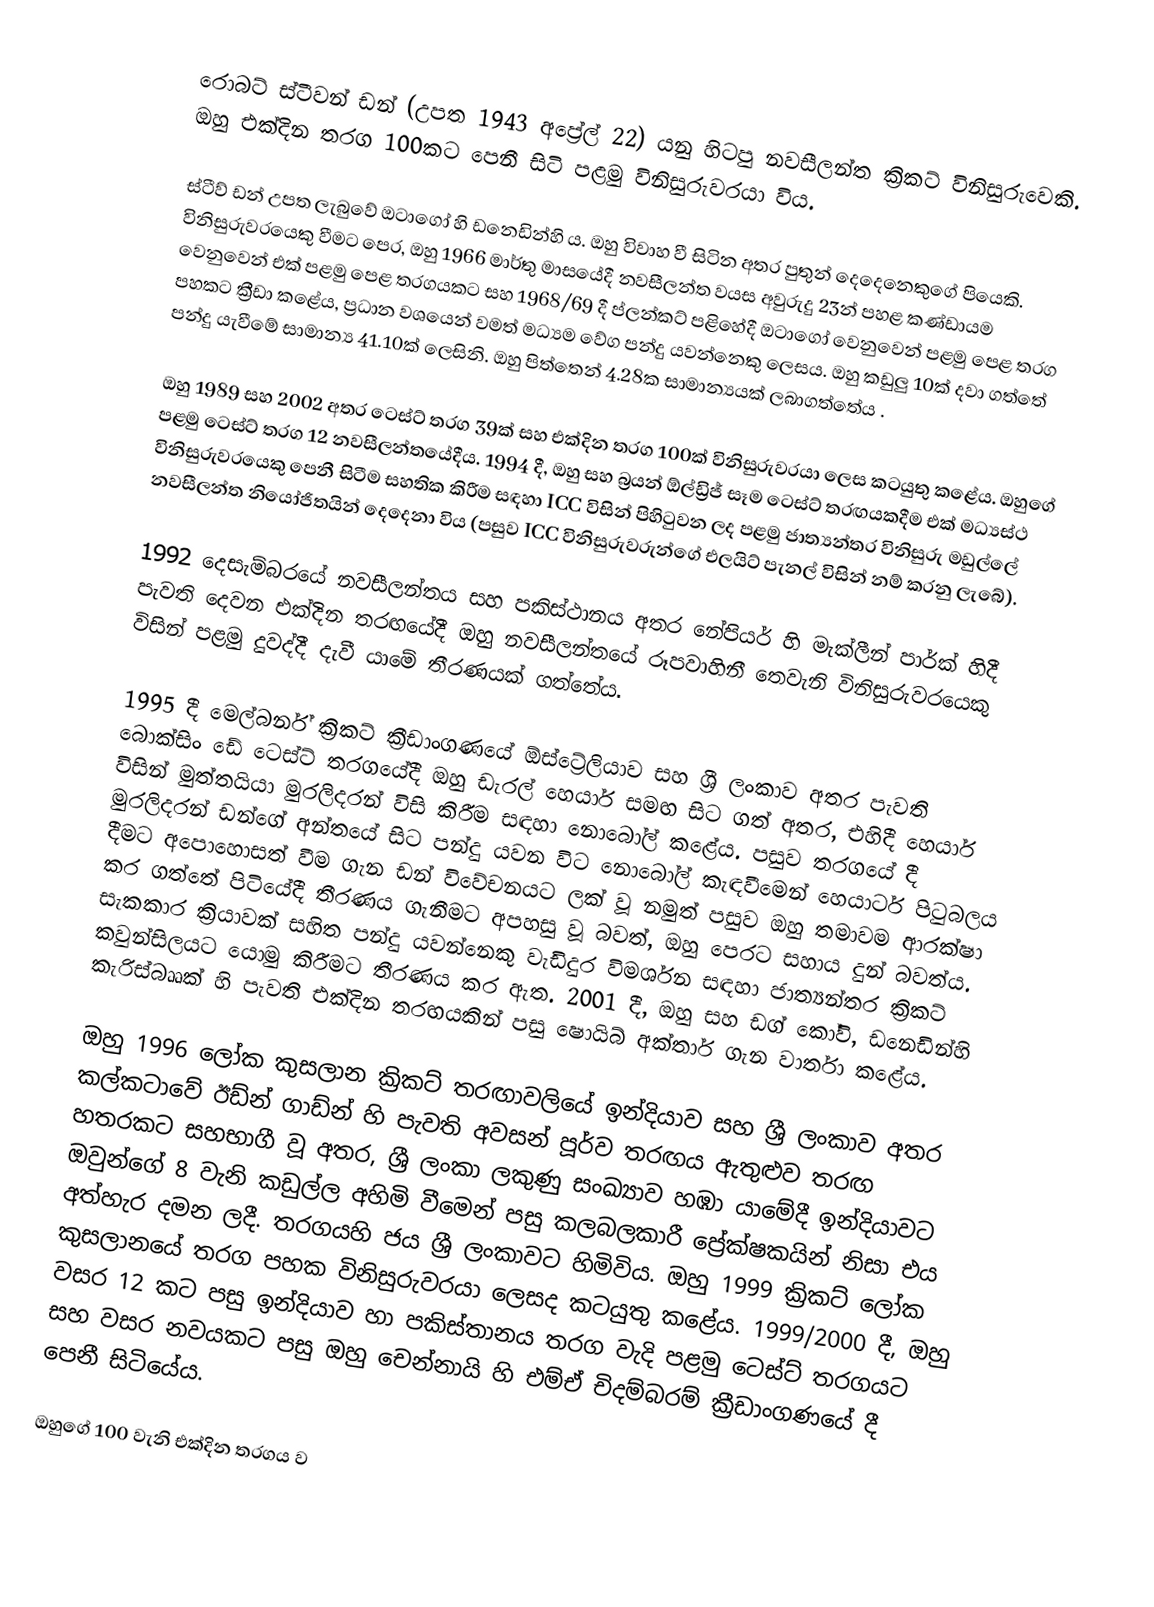
රොබට් ස්ටීවන් ඩන් (උපත 1943 අප්‍රේල් 22) යනු හිටපු නවසීලන්ත ක්‍රිකට් විනිසුරුවෙකි. ඔහු එක්දින තරග 100කට පෙනී සිටි පළමු විනිසුරුවරයා විය.

ස්ටීව් ඩන් උපත ලැබුවේ ඔටාගෝ හි ඩනෙඩින්හි ය. ඔහු විවාහ වී සිටින අතර පුතුන් දෙදෙනෙකුගේ පියෙකි. විනිසුරුවරයෙකු වීමට පෙර, ඔහු 1966 මාර්තු මාසයේදී නවසීලන්ත වයස අවුරුදු 23න් පහළ කණ්ඩායම වෙනුවෙන් එක් පළමු පෙළ තරගයකට සහ 1968/69 දී ප්ලන්කට් පළිහේදී ඔටාගෝ වෙනුවෙන් පළමු පෙළ තරග පහකට ක්‍රීඩා කළේය, ප්‍රධාන වශයෙන් වමත් මධ්‍යම වේග පන්දු යවන්නෙකු ලෙසය. ඔහු කඩුලු 10ක් දවා ගත්තේ පන්දු යැවීමේ සාමාන්‍ය 41.10ක් ලෙසිනි. ඔහු පිත්තෙන් 4.28ක සාමාන්‍යයක් ලබාගත්තේය .

ඔහු 1989 සහ 2002 අතර ටෙස්ට් තරග 39ක් සහ එක්දින තරග 100ක් විනිසුරුවරයා ලෙස කටයුතු කළේය. ඔහුගේ පළමු ටෙස්ට් තරග 12 නවසීලන්තයේදීය. 1994 දී, ඔහු සහ බ්‍රයන් ඕල්ඩ්‍රිජ් සෑම ටෙස්ට් තරඟයකදීම එක් මධ්‍යස්ථ විනිසුරුවරයෙකු පෙනී සිටීම සහතික කිරීම සඳහා ICC විසින් පිහිටුවන ලද පළමු ජාත්‍යන්තර විනිසුරු මඩුල්ලේ නවසීලන්ත නියෝජිතයින් දෙදෙනා විය (පසුව ICC විනිසුරුවරුන්ගේ එලයිට් පැනල් විසින් නම් කරනු ලැබේ).

1992 දෙසැම්බරයේ නවසීලන්තය සහ පකිස්ථානය අතර නේපියර් හි මැක්ලීන් පාර්ක් හිදී පැවති දෙවන එක්දින තරඟයේදී ඔහු නවසීලන්තයේ රූපවාහිනී තෙවැනි විනිසුරුවරයෙකු විසින් පළමු දුවද්දී දැවී යාමේ තීරණයක් ගත්තේය.

1995 දී මෙල්බර්න් ක්‍රිකට් ක්‍රීඩාංගණයේ ඕස්ට්‍රේලියාව සහ ශ්‍රී ලංකාව අතර පැවති බොක්සිං ඩේ ටෙස්ට් තරගයේදී ඔහු ඩැරල් හෙයාර් සමඟ සිට ගත් අතර, එහිදී හෙයාර් විසින් මුත්තයියා මුරලිදරන් විසි කිරීම සඳහා නොබෝල් කළේය. පසුව තරගයේ දී මුරලිදරන් ඩන්ගේ අන්තයේ සිට පන්දු යවන විට නොබෝල් කැඳවීමෙන් හෙයාර්ට පිටුබලය දීමට අපොහොසත් වීම ගැන ඩන් විවේචනයට ලක් වූ නමුත් පසුව ඔහු තමාවම ආරක්ෂා කර ගත්තේ පිටියේදී තීරණය ගැනීමට අපහසු වූ බවත්, ඔහු පෙරට සහාය දුන් බවත්ය. සැකකාර ක්‍රියාවක් සහිත පන්දු යවන්නෙකු වැඩිදුර විමර්ශන සඳහා ජාත්‍යන්තර ක්‍රිකට් කවුන්සිලයට යොමු කිරීමට තීරණය කර ඇත. 2001 දී, ඔහු සහ ඩග් කෝවි, ඩනෙඩින්හි කැරිස්බෲක් හි පැවති එක්දින තරඟයකින් පසු ෂොයිබ් අක්තාර් ගැන වාර්තා කළේය.

ඔහු 1996 ලෝක කුසලාන ක්‍රිකට් තරඟාවලියේ ඉන්දියාව සහ ශ්‍රී ලංකාව අතර කල්කටාවේ ඊඩ්න් ගාඩ්න් හි පැවති අවසන් පූර්ව තරඟය ඇතුළුව තරඟ හතරකට සහභාගී වූ අතර, ශ්‍රී ලංකා ලකුණු සංඛ්‍යාව හඹා යාමේදී ඉන්දියාවට ඔවුන්ගේ 8 වැනි කඩුල්ල අහිමි වීමෙන් පසු කලබලකාරී ප්‍රේක්ෂකයින් නිසා එය අත්හැර දමන ලදී. තරගයහි ජය ශ්‍රී ලංකාවට හිමිවිය. ඔහු 1999 ක්‍රිකට් ලෝක කුසලානයේ තරග පහක විනිසුරුවරයා ලෙසද කටයුතු කළේය. 1999/2000 දී, ඔහු වසර 12 කට පසු ඉන්දියාව හා පකිස්තානය තරග වැදි පළමු ටෙස්ට් තරගයට සහ වසර නවයකට පසු ඔහු චෙන්නායි හි එම්ඒ චිදම්බරම් ක්‍රීඩාංගණයේ දී පෙනී සිටියේය.

ඔහුගේ 100 වැනි එක්දින තරගය ව